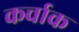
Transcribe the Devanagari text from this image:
कर्चाक